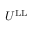
U ^ { \mathrm { L L } }